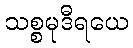
သစ္စမုဒီရယေ